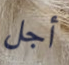
أجل